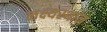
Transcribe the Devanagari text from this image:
लक्ष्यस्थान